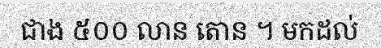
ជាង ៥០០ លាន តោន ។ មកដល់